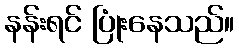
နန်းရင် ပြုံးနေသည်။